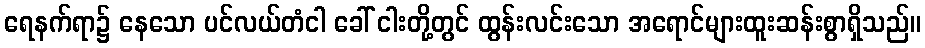
ရေနက်ရာ၌ နေသော ပင်လယ်တံငါ ခေါ် ငါးတို့တွင် ထွန်းလင်းသော အရောင်များထူးဆန်းစွာရှိသည်။